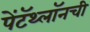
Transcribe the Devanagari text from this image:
पेंटॅथ्लॉनची